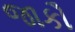
જાકૌ